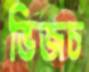
ভিজচ